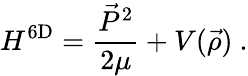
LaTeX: H^{\mathrm{6D}}=\frac{\vec{P}^{2}}{2\mu}+V(\vec{\rho})~.